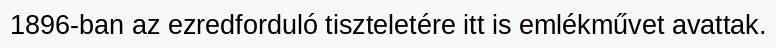
1896-ban az ezredforduló tiszteletére itt is emlékművet avattak.